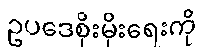
ဥပဒေစိုးမိုးရေးကို